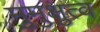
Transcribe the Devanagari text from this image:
मुमुक्षुत्व